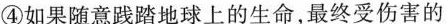
④如果随意践踏地球上的生命，最终受伤害的